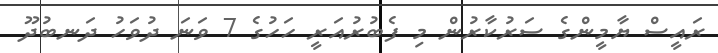
ރައީސް ޔާމީންގެ ސަރުކާރުން މި ފެބުރުއަރީ ހަހުގެ 7 ވަނަ ދުވަހު ދަނބުދޫ